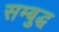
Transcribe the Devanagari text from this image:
सम्बुद्ध